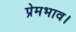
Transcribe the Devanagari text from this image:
प्रेमभाव।